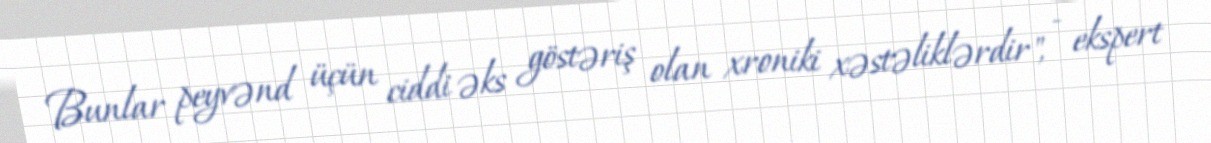
Bunlar peyvənd üçün ciddi əks göstəriş olan xroniki xəstəliklərdir", - ekspert